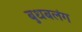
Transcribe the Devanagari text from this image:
बुधबलंग